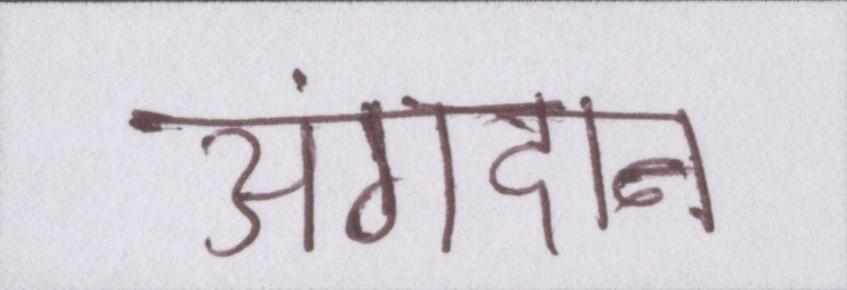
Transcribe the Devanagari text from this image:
अंगदान